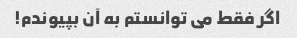
اگر فقط می توانستم به آن بپیوندم!